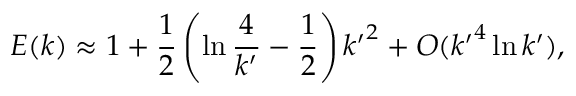
E ( k ) \approx 1 + \frac { 1 } { 2 } \left( \ln \frac { 4 } { { k ^ { \prime } } } - \frac { 1 } { 2 } \right) { k ^ { \prime } } ^ { 2 } + O ( { k ^ { \prime } } ^ { 4 } \ln { k ^ { \prime } } ) ,